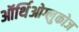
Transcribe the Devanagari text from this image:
ऑर्थिओग्लुकोज